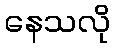
နေသလို